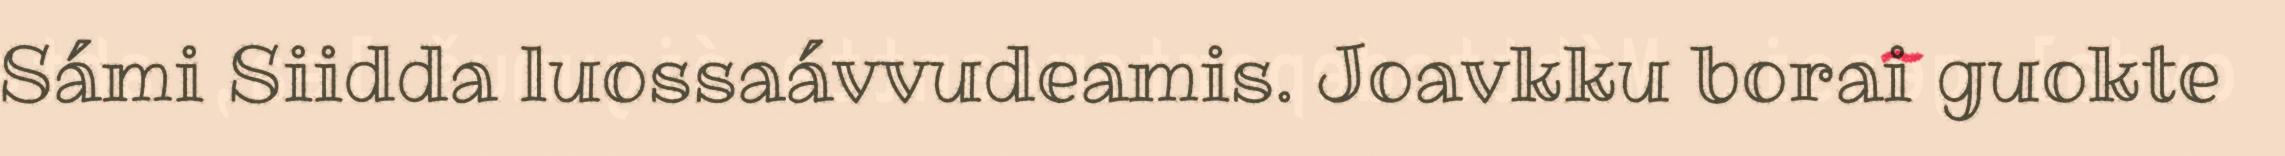
Sámi Siidda luossaávvudeamis. Joavkku borai guokte